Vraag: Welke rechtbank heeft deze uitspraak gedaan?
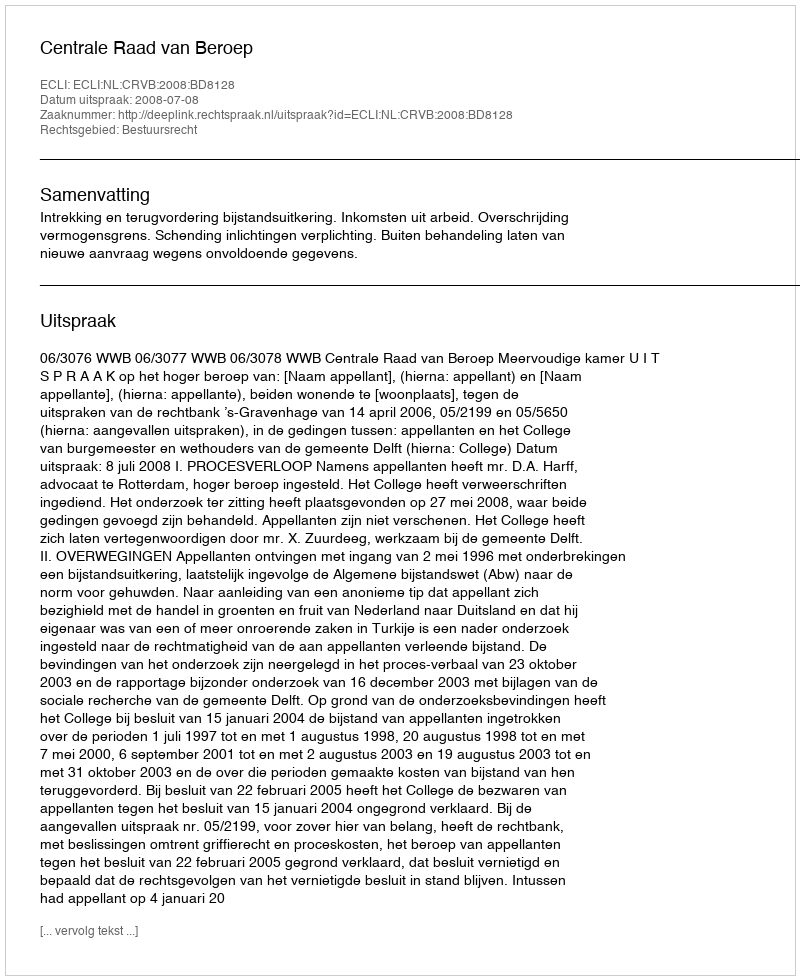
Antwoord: Centrale Raad van Beroep